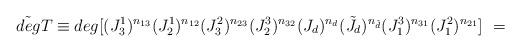
LaTeX: \begin{align*}\tilde{deg} T \equiv deg [(J^1_3)^{n_{13}} (J^1_2)^{n_{12}}(J^2_3)^{n_{23}} (J^3_2)^{n_{32}}(J_d)^{n_{d}} ({\tilde J}_d)^{n_{\tilde d}}(J^3_1)^{n_{31}} (J^2_1)^{n_{21}}] \ =\end{align*}